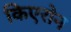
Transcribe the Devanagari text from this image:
किएरोन